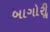
બાગોરીૢ